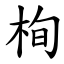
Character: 栒